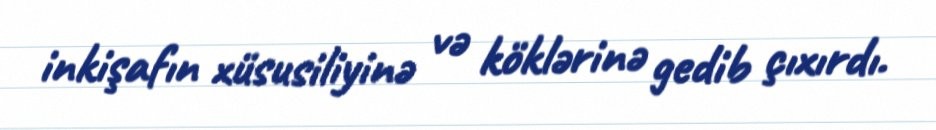
inkişafın xüsusiliyinə və köklərinə gedib çıxırdı.